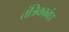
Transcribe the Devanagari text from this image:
तंत्रिकाबंध